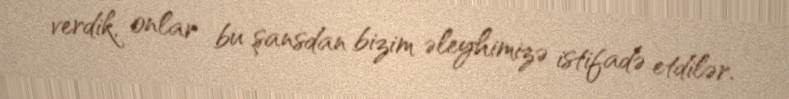
verdik, onlar bu şansdan bizim əleyhimizə istifadə etdilər.